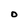
Character: O